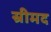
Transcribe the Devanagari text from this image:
स्रीमद